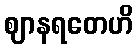
ဈာနရတေဟိ